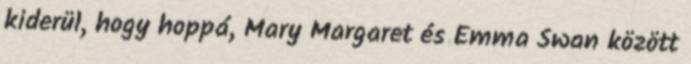
kiderül, hogy hoppá, Mary Margaret és Emma Swan között